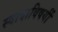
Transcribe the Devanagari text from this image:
स्वादाविषयीं